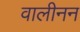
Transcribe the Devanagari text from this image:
वालीनन